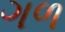
ગળ